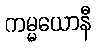
ကမ္မယောနီ